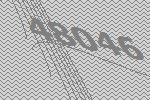
48046